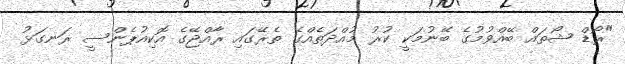
"ރޯޑް ޝޯތައް ބޭއްވުމުގެ ބޭނުމަކީ ކުރު މުއްދަތެއްގެ ތެރޭގައި ރާއްޖޭގެ އޮކިއުޕެންސީ ރަނގަޅު